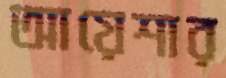
আয়েশার